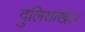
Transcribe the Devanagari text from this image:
दुलियाखेल